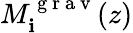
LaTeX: M_{\mathbf{i}}^{\mathrm{{~g~r~a~v~}}}(z)